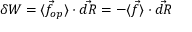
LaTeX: \delta W = \langle { \vec { f } } _ { o p } \rangle \cdot { \vec { d R } } = - \langle { \vec { f } } \rangle \cdot { \vec { d R } }